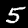
Digit: 5